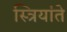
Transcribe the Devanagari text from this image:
स्त्रियांते